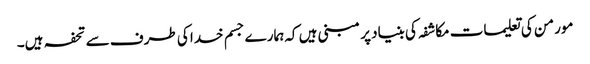
مورمن کی تعلیمات مکاشفہ کی بنیاد پر مبنی ہیں کہ ہمارے جسم خدا کی طرف سے تحفہ ہیں۔